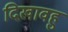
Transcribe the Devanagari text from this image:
दिखावहु